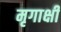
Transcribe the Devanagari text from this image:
मृगाक्षी